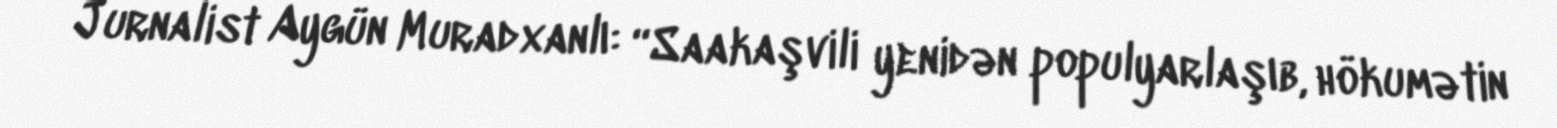
Jurnalist Aygün Muradxanlı: “Saakaşvili yenidən populyarlaşıb, hökumətin